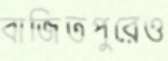
বাজিতপুরেও